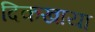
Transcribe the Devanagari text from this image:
दिकखाया